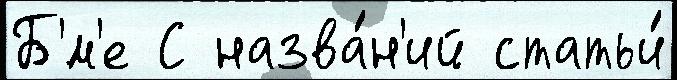
Б'́м'е С назва́н'ий статьи́